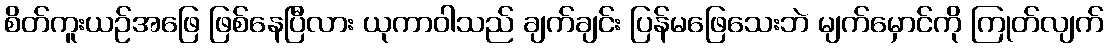
စိတ်ကူးယဉ်အဖြေ ဖြစ်နေပြီလား ယုကာဝါသည် ချက်ချင်း ပြန်မဖြေသေးဘဲ မျက်မှောင်ကို ကြုတ်လျက်